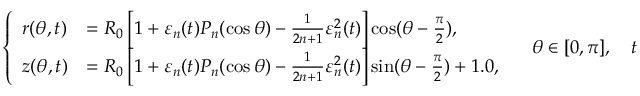
\left\{ \begin{array} { l l } { r ( \theta , t ) } & { = R _ { 0 } \left[ 1 + \varepsilon _ { n } ( t ) P _ { n } ( \cos \theta ) - \frac { 1 } { 2 n + 1 } \varepsilon _ { n } ^ { 2 } ( t ) \right] \cos ( \theta - \frac { \pi } { 2 } ) , } \\ { z ( \theta , t ) } & { = R _ { 0 } \left[ 1 + \varepsilon _ { n } ( t ) P _ { n } ( \cos \theta ) - \frac { 1 } { 2 n + 1 } \varepsilon _ { n } ^ { 2 } ( t ) \right] \sin ( \theta - \frac { \pi } { 2 } ) + 1 . 0 , } \end{array} \right. \quad \theta \in [ 0 , \pi ] , \quad t \geq 0 , \quad n \geq 2 ,